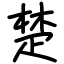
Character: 楚